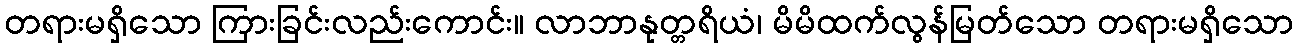
တရားမရှိသော ကြားခြင်းလည်းကောင်း။ လာဘာနုတ္တရိယံ၊ မိမိထက်လွန်မြတ်သော တရားမရှိသော